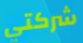
شركتي